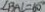
\angle B A C = 6 0 ^ { \circ }